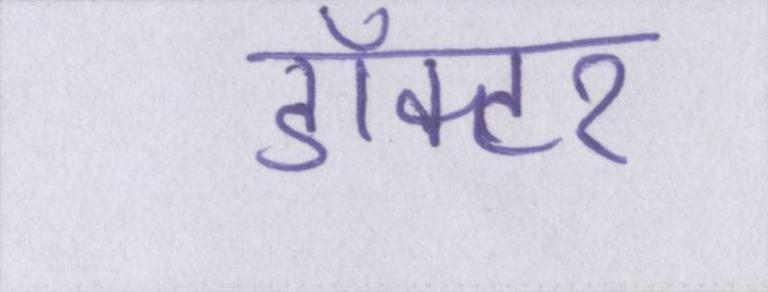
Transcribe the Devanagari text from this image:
डॉक्टर